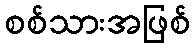
စစ်သားအဖြစ်